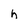
Character: h